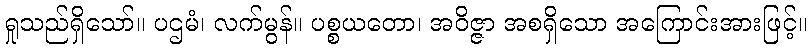
ရှုသည်ရှိသော်။ ပဌမံ၊ လက်မွန်။ ပစ္စယတော၊ အဝိဇ္ဇာ အစရှိသော အကြောင်းအားဖြင့်။